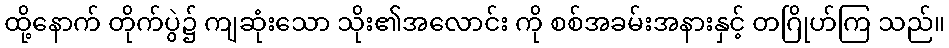
ထို့နောက် တိုက်ပွဲ၌ ကျဆုံးသော သိုး၏အလောင်း ကို စစ်အခမ်းအနားနှင့် တဂြိုဟ်ကြ သည်။